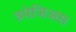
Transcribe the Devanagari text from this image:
त्रपेजिअस